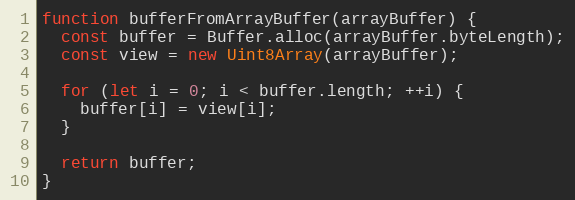
Language: JavaScript
function bufferFromArrayBuffer(arrayBuffer) {
  const buffer = Buffer.alloc(arrayBuffer.byteLength);
  const view = new Uint8Array(arrayBuffer);

  for (let i = 0; i < buffer.length; ++i) {
    buffer[i] = view[i];
  }

  return buffer;
}